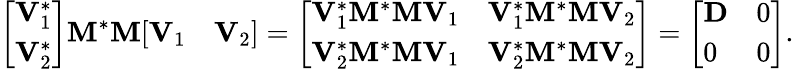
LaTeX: {\left[\begin{array}{l}{\mathbf{V}_{1}^{*}}\\ {\mathbf{V}_{2}^{*}}\end{array}\right]}\mathbf{M}^{*}\mathbf{M}{\left[\begin{array}{ll}{\mathbf{V}_{1}}&{\mathbf{V}_{2}}\end{array}\right]}={\left[\begin{array}{ll}{\mathbf{V}_{1}^{*}\mathbf{M}^{*}\mathbf{M}\mathbf{V}_{1}}&{\mathbf{V}_{1}^{*}\mathbf{M}^{*}\mathbf{M}\mathbf{V}_{2}}\\ {\mathbf{V}_{2}^{*}\mathbf{M}^{*}\mathbf{M}\mathbf{V}_{1}}&{\mathbf{V}_{2}^{*}\mathbf{M}^{*}\mathbf{M}\mathbf{V}_{2}}\end{array}\right]}={\left[\begin{array}{ll}{\mathbf{D}}&{0}\\ {0}&{0}\end{array}\right]}.